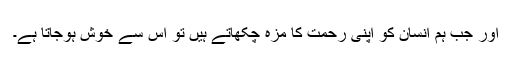
اور جب ہم انسان کو اپنی رحمت کا مزہ چکھاتے ہیں تو اس سے خوش ہوجاتا ہے۔